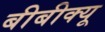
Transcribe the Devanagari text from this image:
बीबीक्यू